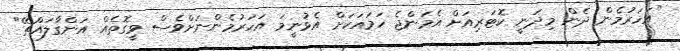
"އަހަރުމެން ދެން މިދަނީ ކޮޓަރިއަށް އެމަންޖެ ހަމައަކަށް އެޅުނީމަ އަހަރުމެންނަށްވެސް ވީގޮތެއް އަންގާލައްޗޭ"